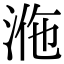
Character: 𣴾